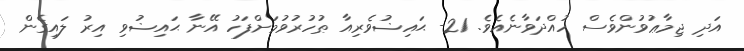
އަދި ޖިމާޢުވުންވެސް ހުއްދަވާނެއެވެ. 21- ޙައިޟުވެރިއާ ޠުހުރުވުމަށްފަހު އޭނާ ޙައިޟުވި އިރު ލައިގެން